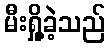
မီးရှို့ခဲ့သည်